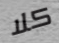
كلا